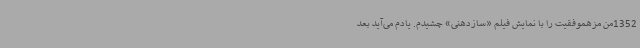
1352من مزهموفقیت را با نمایش فیلم «سازدهنی» چشیدم. یادم می‌آید بعد